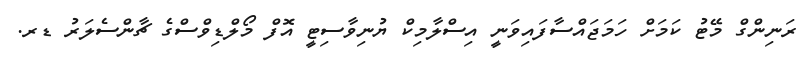
ރަނިންގް މޭޓު ކަމަށް ހަމަޖައްސާފައިވަނީ އިސްލާމިކް ޔުނިވާސިޓީ އޮފް މޯލްޑިވްސްގެ ޗާންސެލަރު ޑރ.